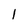
Character: l